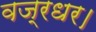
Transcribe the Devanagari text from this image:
वज्रधर।